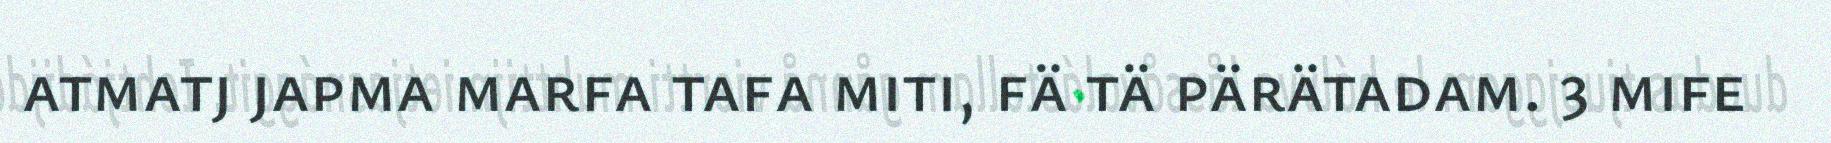
atmatj japma marfa tafa miti, fä tä pärätadam. 3 mife